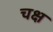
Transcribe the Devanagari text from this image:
चक्ष